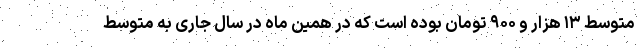
متوسط ۱۳ هزار و ۹۰۰ تومان بوده است که در همین ماه در سال جاری به متوسط